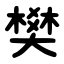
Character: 樊